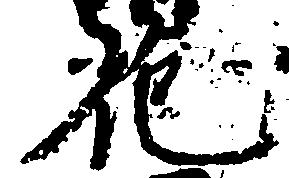
花